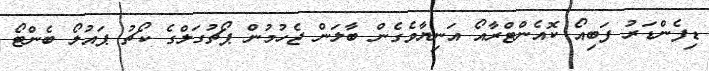
ޑިފެންޑަރު ފަބިއޯ ކޮއެންޓްރާއޯ އަނިޔާވެގެން ބާލަން ޖެހުމުން ޕޯޗުގަލްގެ ކޯޗު ޕައުލޯ ބެންޓޯ